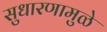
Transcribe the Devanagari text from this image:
सुधारणामुळे